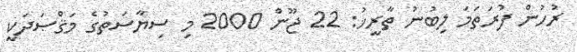
ރުހުން ފުރަތަމަ ލިބުނު ތާރީޚު: 22 ޖޫން 2000 މި ސިޔާސަތުގެ މަޤްޞަދަކީ